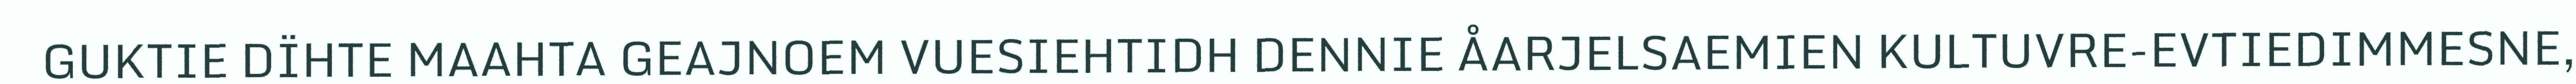
GUKTIE DÏHTE MAAHTA GEAJNOEM VUESIEHTIDH DENNIE ÅARJELSAEMIEN KULTUVRE-EVTIEDIMMESNE,